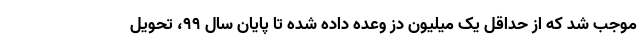
موجب شد که از حداقل یک میلیون دز وعده داده شده تا پایان سال ۹۹، تحویل